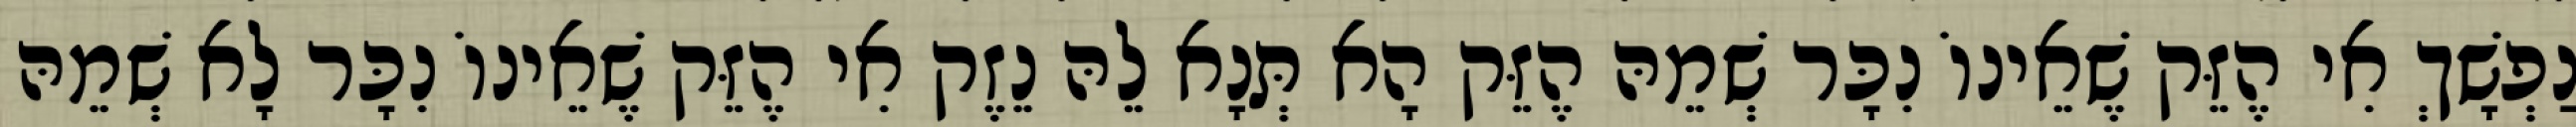
נַפְשָׁךְ אִי הֶזֵּק שֶׁאֵינוֹ נִכָּר שְׁמֵהּ הֶזֵּק הָא תְּנָא לֵהּ נֵזֶק אִי הֶזֵּק שֶׁאֵינוֹ נִכָּר לָא שְׁמֵהּ